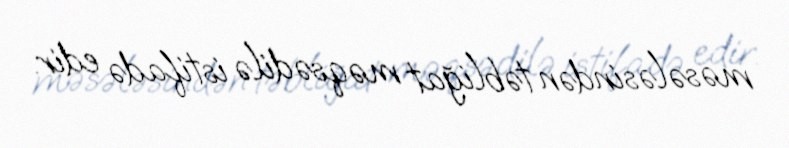
məsələsindən təbliğat məqsədilə istifadə edir.